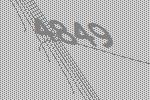
4849